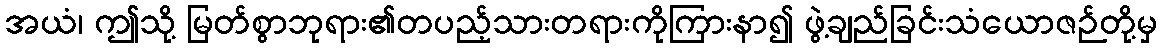
အယံ၊ ဤသို့ မြတ်စွာဘုရား၏တပည့်သားတရားကိုကြားနာ၍ ဖွဲ့ချည်ခြင်းသံယောဇဉ်တို့မှ